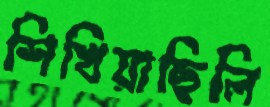
শিখিয়াছিলি